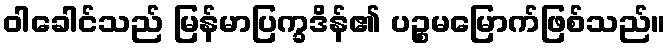
ဝါခေါင်သည် မြန်မာပြက္ခဒိန်၏ ပဉ္စမမြောက်ဖြစ်သည်။